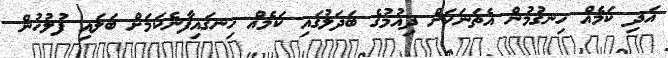
އަދި ކަމެއް ހިނގުމުން އެތަނަކަށް ދިއުމުގެ ބަދަލުގައި ކަމެއް ހިނގައިފާނެކަމަށް ބަލައި ފުލުހުން